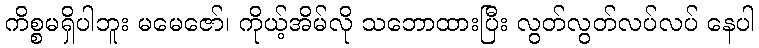
ကိစ္စမရှိပါဘူး မမေဇော်၊ ကိုယ့်အိမ်လို သဘောထားပြီး လွတ်လွတ်လပ်လပ် နေပါ